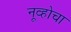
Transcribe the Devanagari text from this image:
नूव्होचा